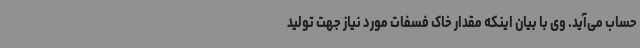
حساب می‌آید. وی با بیان اینکه مقدار خاک فسفات مورد نیاز جهت تولید